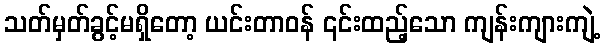
သတ်မှတ်ခွင့်မရှိတော့ ယင်းတာဝန် ၎င်းထည့်သော ကျန်းကျားကျဲ့